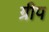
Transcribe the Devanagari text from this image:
ग्रीप